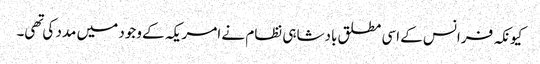
کیونکہ فرانس کے اسی مطلق بادشاہی نظام نے امریکہ کے وجود میں مدد کی تهی۔